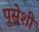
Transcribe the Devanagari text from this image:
पुसेशी